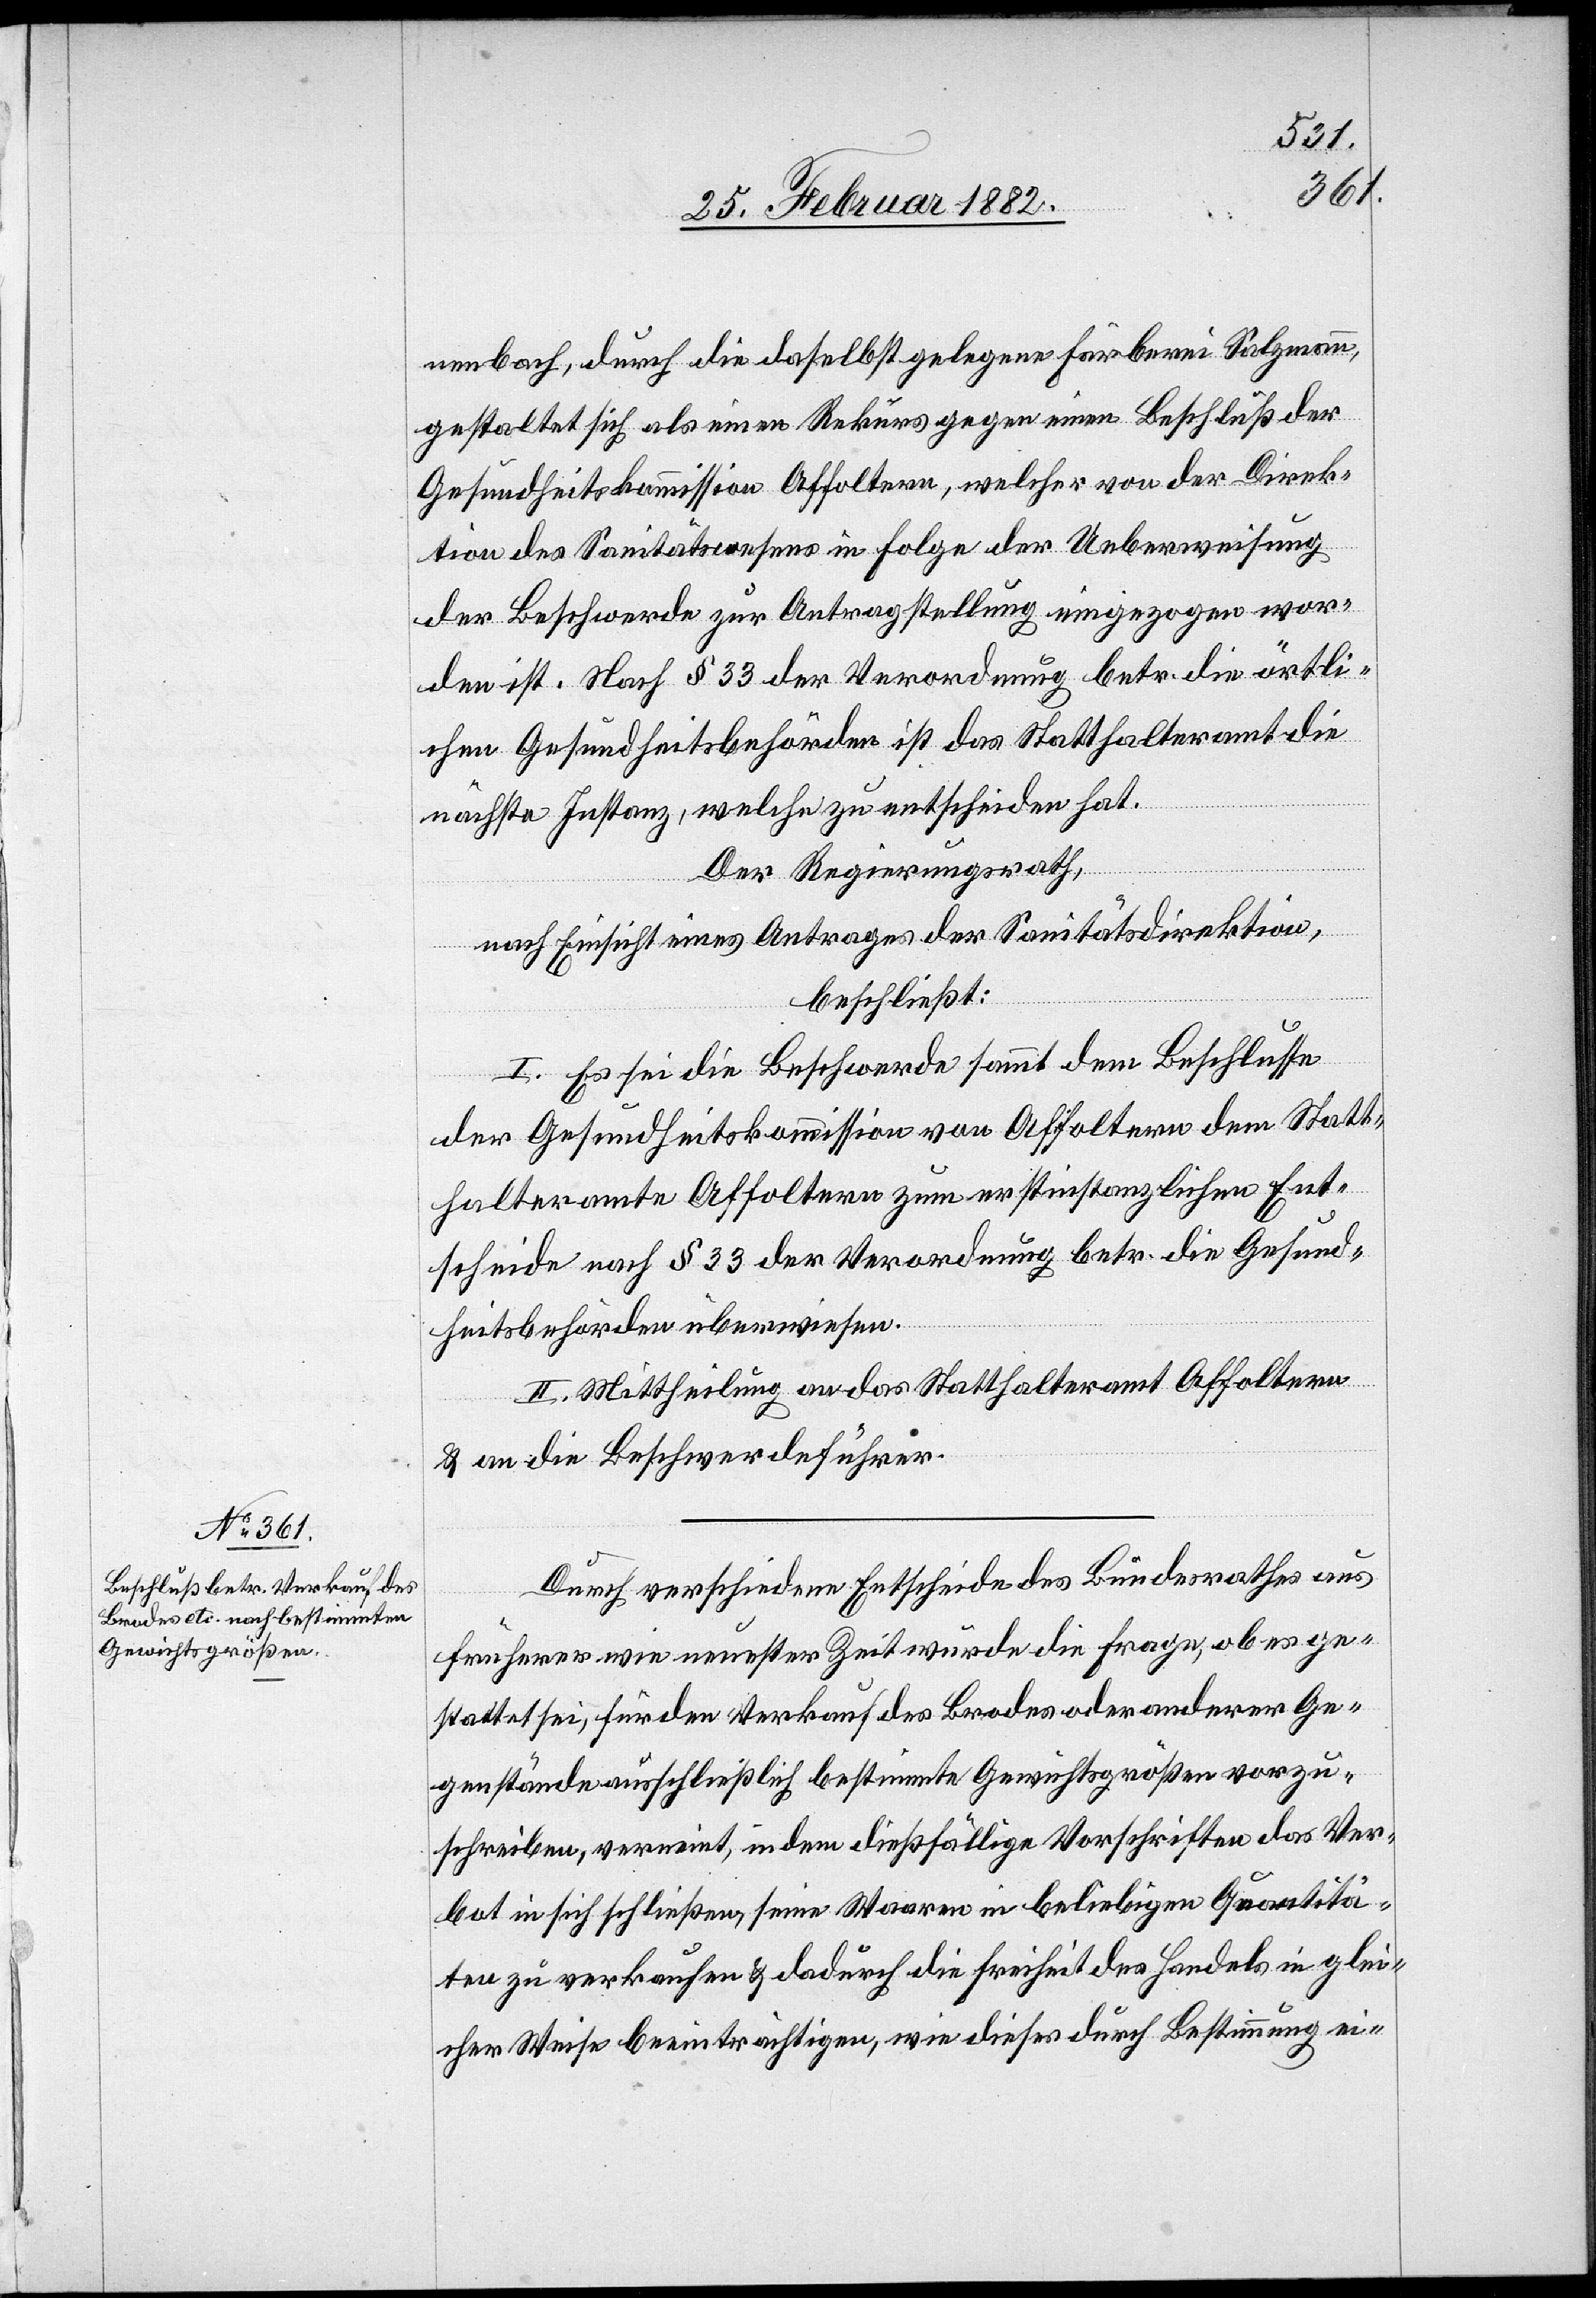
nabach, durch die daselbst gelegene Färberei Salzmann,
gestaltet sich als einen Rekurs gegen einen Beschluß der
Gesundheitskommission Affoltern, welcher von der Direk¬
tion des Sanitätswesens in Folge der Ueberweisung
der Beschwerde zur Antragstellung eingezogen wor¬
den ist. Nach § 33 der Verordnung bet. die örtli¬
chen Gesundheitsbehörden ist das Statthalteramt die
nächste Instanz, welche zu entscheiden hat.
Der Regierungsrath,
nach Einsicht eines Antrages der Sanitätsdirektion,
beschließt:
I. Es sei die Beschwerde sammt dem Beschlusse
der Gesundheitskommission von Affoltern dem Statt¬
halteramte Affoltern zum erstinstanzlichen Ent¬
scheide nach § 33 der Verordnung betr. die Gesund¬
heitsbehörden überwiesen.
II. Mittheilung an das Statthalteramt Affoltern
& an die Beschwerdeführer.